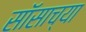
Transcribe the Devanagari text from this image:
सॉसाच्या